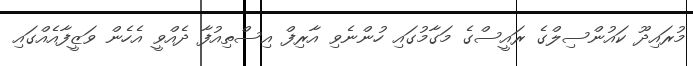
މުރައިދޫ ކައުންސިލްގެ ރައީސްގެ މަގާމުގައި ހުންނެވި އާރިފް އިސްތިއުފާ ދެއްވީ އެހެން ވަޒީފާއެއްގައި